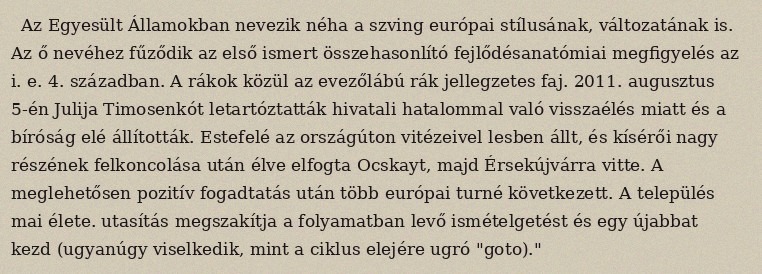
Az Egyesült Államokban nevezik néha a szving európai stílusának, változatának is. Az ő nevéhez fűződik az első ismert összehasonlító fejlődésanatómiai megfigyelés az i. e. 4. században. A rákok közül az evezőlábú rák jellegzetes faj. 2011. augusztus 5-én Julija Timosenkót letartóztatták hivatali hatalommal való visszaélés miatt és a bíróság elé állították. Estefelé az országúton vitézeivel lesben állt, és kísérői nagy részének felkoncolása után élve elfogta Ocskayt, majd Érsekújvárra vitte. A meglehetősen pozitív fogadtatás után több európai turné következett. A település mai élete. utasítás megszakítja a folyamatban levő ismételgetést és egy újabbat kezd (ugyanúgy viselkedik, mint a ciklus elejére ugró "goto)."